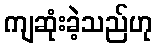
ကျဆုံးခဲ့သည်ဟု